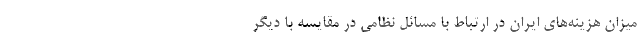
میزان هزینه‌های ایران در ارتباط با مسائل نظامی در مقایسه با دیگر